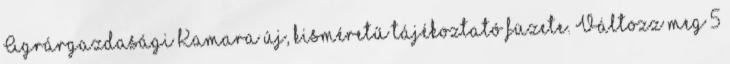
Agrárgazdasági Kamara új, kisméretű tájékoztató füzete. Változz meg 5